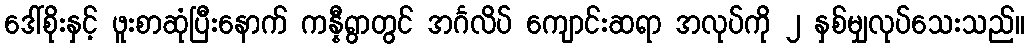
ဒေါ်စိုးနှင့် ဖူးစာဆုံပြီးနောက် ကန္နီရွာတွင် အင်္ဂလိပ် ကျောင်းဆရာ အလုပ်ကို ၂ နှစ်မျှလုပ်သေးသည်။